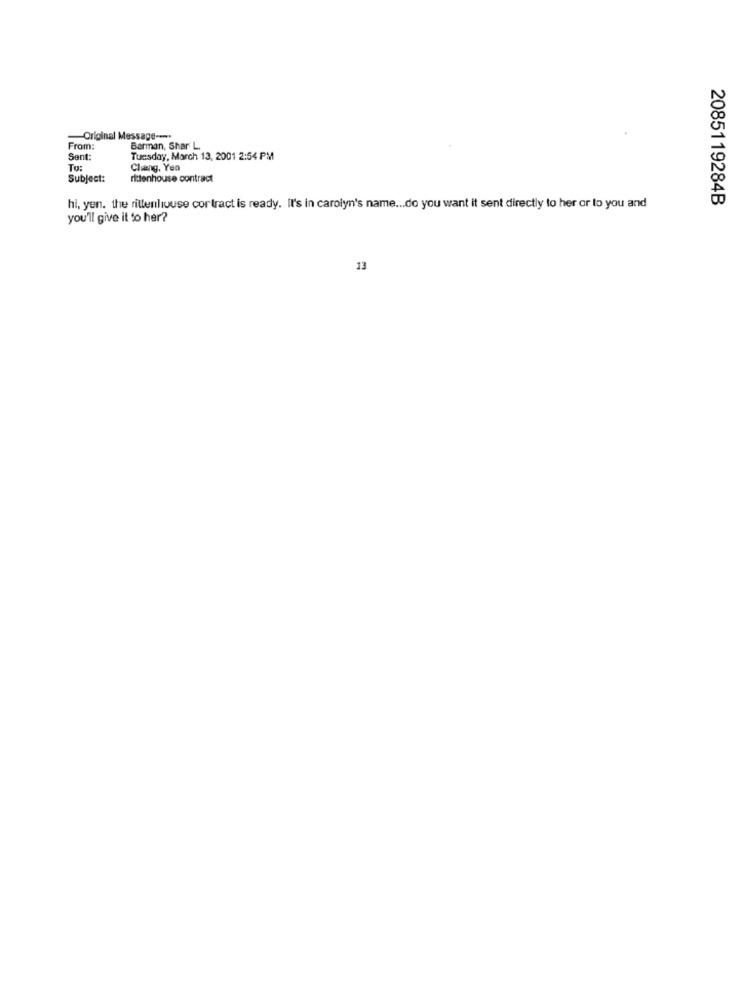
-Original Message ---.
From:
Barman, Shar L.
Sent:
Tuesday, March 13, 2001 2:54 PM
To:
Chiang, Yea
Subject:
rittenhouse contract
2085119284B
hi, yen. the rittenhouse cortract is ready. It's in carolyn's name ... do you want it sent directly to her or to you and
you'll give it to her?
13